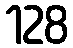
128